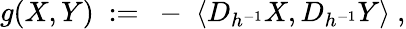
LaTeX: g(X,Y)\ :=\ -\; \langle D_{h^{-1}}X,D_{h^{-1}}Y\rangle\ ,